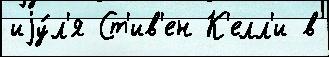
иjу́л'я Ст'ив'ен К'елл'и в